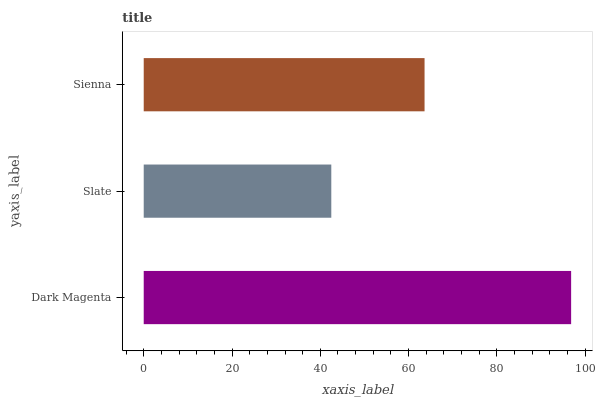
| yaxis_label | bars |
 | --- | --- |
 | Dark Magenta | 96.8 |
 | Slate | 42.5 |
 | Sienna | 63.6 |